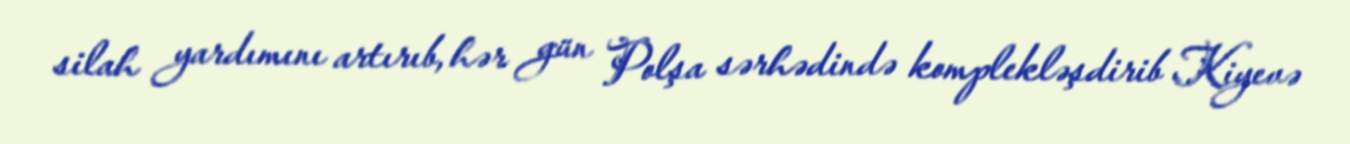
silah yardımını artırıb, hər gün Polşa sərhədində komplekləşdirib Kiyevə